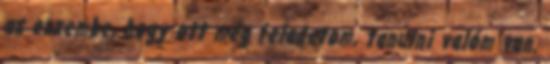
az eszembe, hogy ott még feladatom, tanulni valóm van.